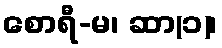
စောရီ-မ၊ ဆာ(၁)၊